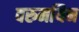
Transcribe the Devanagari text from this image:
वरुमयिन